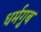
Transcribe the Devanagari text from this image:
धर्मगुब